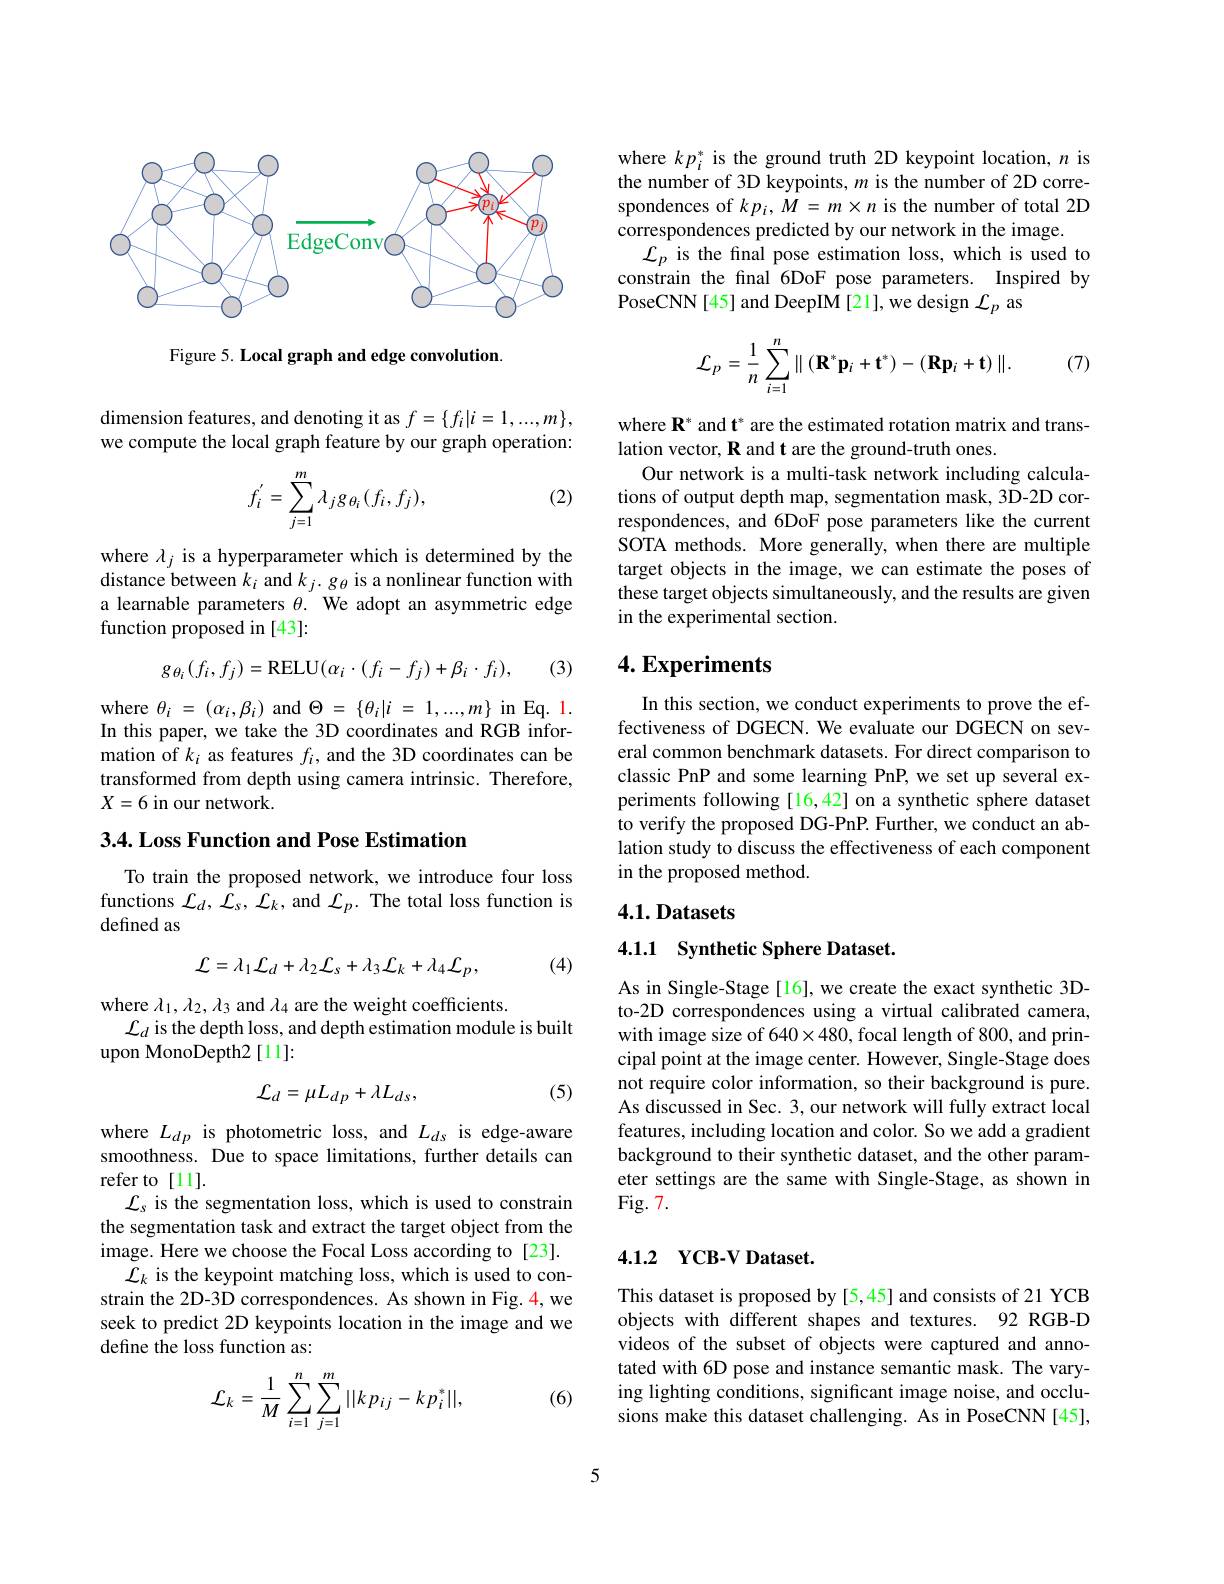
<FigureHere>

Figure 5. Local graph and edge convolution

dimension features, and denoting it as $f=\{f_i|i=1,...,m\}$, we compute the local graph feature by our graph operation:

(2)
$$f_i^{'}=\sum_{j=1}^m\lambda_jg_{\theta_i}(f_i,f_j),$$
where $\lambda_j$ is a hyperparameter which is determined by the distance between $k_i$ and $k_j.g_\theta$ is a nonlinear function with a learnable parameters $\theta.$ We adopt an asymmetric edge function proposed in[43]:

(3)
$$g_{\theta_{i}}(f_{i},f_{j})=\mathrm{RELU}(\alpha_{i}\cdot(f_{i}-f_{j})+\beta_{i}\cdot f_{i}),$$
where $\theta_i=(\alpha_i,\beta_i)$ and $\Theta=\{\theta_i|i=1,...,m\}$ in Eq. 1. In this paper, we take the 3D coordinates and RGB information of $k_i$ as features $f_i$, and the 3D coordinates can be transformed from depth using camera intrinsic. Therefore, $X=6$ in our network.

## 3.4. Loss Function and Pose Estimation

To train the proposed network, we introduce four loss functions $\mathcal{L}_d,\mathcal{L}_s,\mathcal{L}_k$,and $\mathcal{L}_p.$ The total loss function is defined as
$$\mathcal{L}=\lambda_{1}\mathcal{L}_{d}+\lambda_{2}\mathcal{L}_{s}+\lambda_{3}\mathcal{L}_{k}+\lambda_{4}\mathcal{L}_{p},$$
(4)

where $\lambda_1,\lambda_2,\lambda_3$ and $\lambda_4$ are the weight coefficients.
$\mathcal{L}_d$ is the depth loss, and depth estimation module is built
upon MonoDepth2[11]:

(5)
$$\mathcal{L}_{d}=\mu L_{dp}+\lambda L_{ds},$$
where $L_dp$ is photometric loss, and $L_ds$ is edge-aware smoothness. Due to space limitations, further details can refer to[11].
$\mathcal{L}_s$ is the segmentation loss, which is used to constrain the segmentation task and extract the target object from the image. Here we choose the Focal Loss according to [23].
$\mathcal{L}_k$ is the keypoint matching loss, which is used to constrain the 2D-3D correspondences. As shown in Fig. 4, we seek to predict 2D keypoints location in the image and we define the loss function as:
$$\mathcal{L}_{k}=\frac{1}{M}\sum_{i=1}^{n}\sum_{j=1}^{m}||kp_{ij}-kp_{i}^{*}||,$$
(6)

where $kp_i^*$ is the ground truth 2D keypoint location, $n$ is the number of 3D keypoints, $m$ is the number of 2D correspondences of $kp_i,M=m\times n$ is the number of total 2D correspondences predicted by our network in the image.
$\mathcal{L}_{p}$ is the final pose estimation loss, which is used to constrain the final 6DoF pose parameters. Inspired by PoseCNN[45] and DeepIM[21], we design $\mathcal{L}_p$ as

(7)
$$\mathcal{L}_{p}=\frac{1}{n}\sum_{i=1}^{n}\parallel(\mathbf{R}^{*}\mathbf{p}_{i}+\mathbf{t}^{*})-(\mathbf{R}\mathbf{p}_{i}+\mathbf{t})\parallel.$$
where $\mathbf{R}^*$ and t$^*$ are the estimated rotation matrix and trans-
lation vector, R and t are the ground-truth ones.
Our network is a multi-task network including calculations of output depth map, segmentation mask, 3D-2D correspondences, and 6DoF pose parameters like the current SOTA methods. More generally, when there are multiple target objects in the image, we can estimate the poses of these target objects simultaneously, and the results are given in the experimental section.

## $4. \textbf{Experiments}$

In this section, we conduct experiments to prove the effectiveness of DGECN. We evaluate our DGECN on several common benchmark datasets. For direct comparison to classic PnP and some learning PnP, we set up several experiments following [16,42] on a synthetic sphere dataset to verify the proposed DG-PnP. Further, we conduct an ablation study to discuss the effectiveness of each component in the proposed method.

### 4.1.Datasets

## 4.1.1 Synthetic Sphere Dataset.

As in Single-Stage[16], we create the exact synthetic 3Dto-2D correspondences using a virtual calibrated camera, with image size of 640$\times480$,focal length of 800, and principal point at the image center. However, Single-Stage does not require color information, so their background is pure. As discussed in Sec. 3, our network will fully extract local features, including location and color. So we add a gradient background to their synthetic dataset, and the other parameter settings are the same with Single-Stage, as shown in Fig. 7.

## 4.1.2 YCB-V Dataset.

This dataset is proposed by [5,45] and consists of 21 YCB objects with different shapes and textures. 92 RGB-D videos of the subset of objects were captured and annotated with 6D pose and instance semantic mask. The varying lighting conditions, significant image noise, and occlusions make this dataset challenging. As in PoseCNN[45],

5